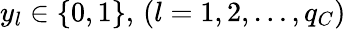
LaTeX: y_{l}\in\{ 0,1\} ,\, (l=1,2,\dots,q_{C})